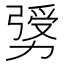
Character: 𠢛